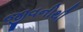
જીવનીથી